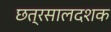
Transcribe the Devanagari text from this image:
छत्रसालदशक